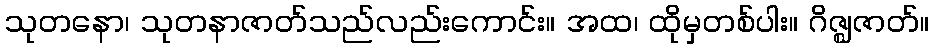
သုတနော၊ သုတနာဇာတ်သည်လည်းကောင်း။ အထ၊ ထိုမှတစ်ပါး။ ဂိဇ္ဈဇာတ်။